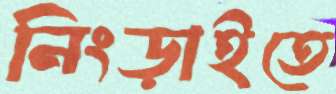
নিংড়াইতে